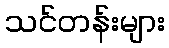
သင်တန်းများ